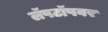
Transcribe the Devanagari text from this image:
लॅपटॉपवर